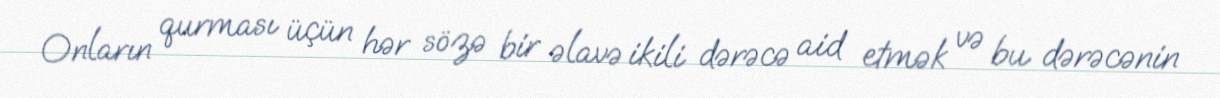
Onların qurması üçün hər sözə bir əlavə ikili dərəcə aid etmək və bu dərəcənin